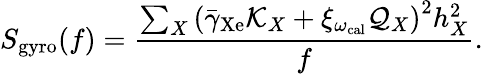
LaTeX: S_{\mathrm{gyro}}(f)=\frac{\sum_{X}\left(\bar{\gamma}_{\mathrm{Xe}}\mathcal{K}_{X}+\xi_{\omega_{\mathrm{cal}}}\mathcal{Q}_{X}\right)^{2}h_{X}^{2}}{f}.